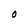
Character: O